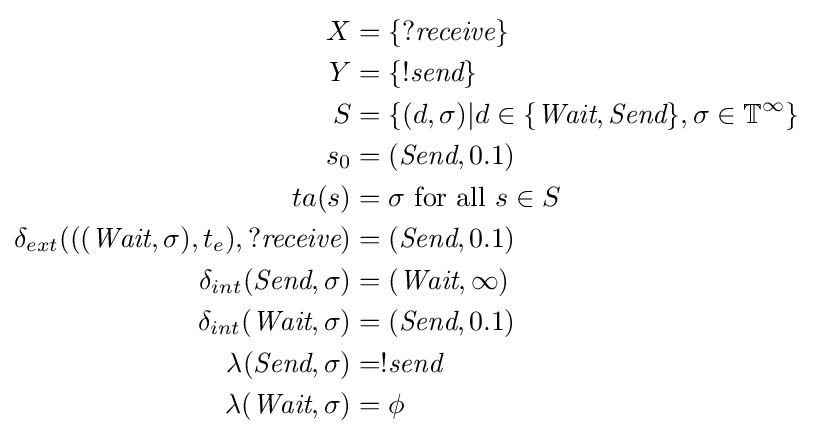
{\begin{aligned}X&=\{?{\textit {receive}}\}\\Y&=\{!{\textit {send}}\}\\S&=\{(d,\sigma )|d\in \{{\textit {Wait}},{\textit {Send}}\},\sigma \in \mathbb {T} ^{\infty }\}\\s_{0}&=({\textit {Send}},0.1)\\ta(s)&=\sigma {\text{ for all }}s\in S\\\delta _{ext}((({\textit {Wait}},\sigma ),t_{e}),?{\textit {receive}})&=({\textit {Send}},0.1)\\\delta _{int}({\textit {Send}},\sigma )&=({\textit {Wait}},\infty )\\\delta _{int}({\textit {Wait}},\sigma )&=({\textit {Send}},0.1)\\\lambda ({\textit {Send}},\sigma )&=!{\textit {send}}\\\lambda ({\textit {Wait}},\sigma )&=\phi \end{aligned}}